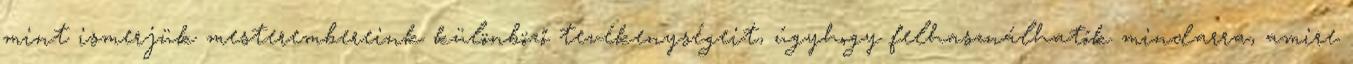
mint ismerjük mesterembereink különböző tevékenységeit, úgyhogy felhasználhatók mindarra, amire